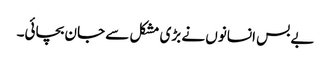
بے بس انسانوں نے بڑی مشکل سے جان بچائی۔